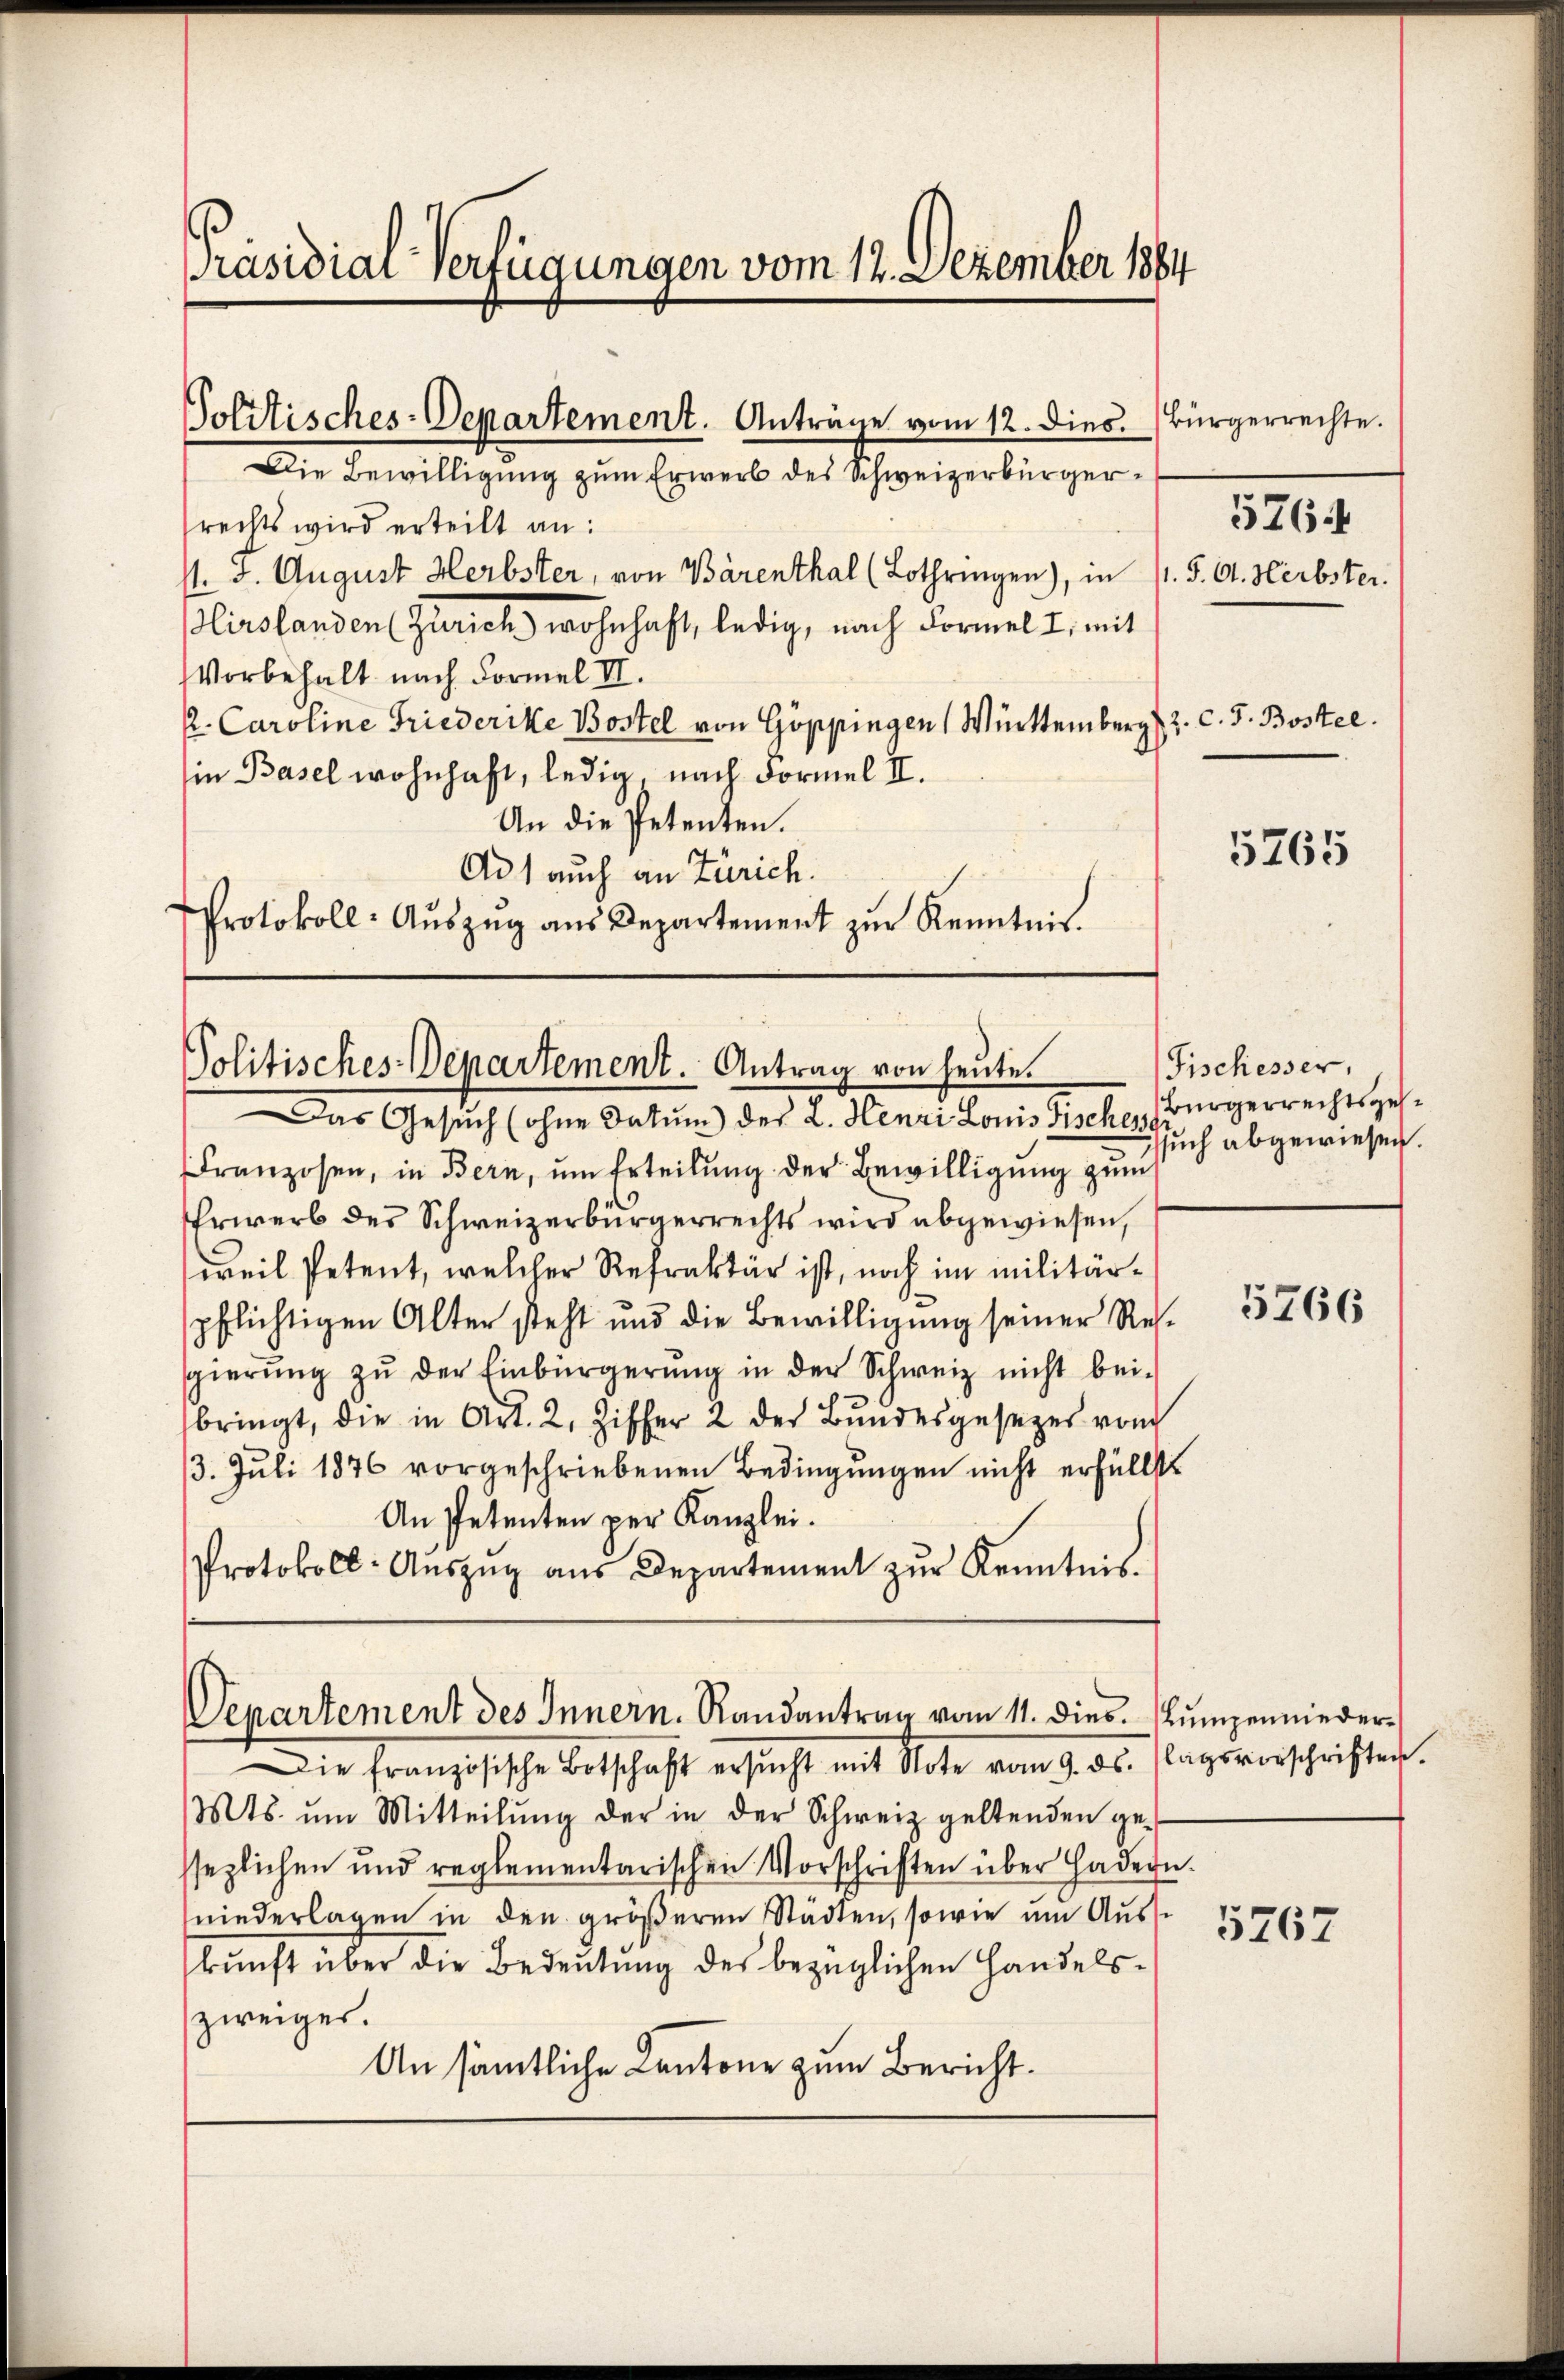
Präsidial-Verfügungen vom 12. Dezember 1864

Solitisches-Departement. Anträge vom 12. dies. Bürgerrechte.
Die Bewilligung zum Erwerb des Schweizerbürger¬

rechts wird erteilt an:
s. 5. August Herbster, von Bärenthal (Lothringen), in 11. J. A. Herbster.
Hirslanden (Zürich wohnhaft, ledig, nach Formelt, mit
Vorbehalt nach Formel III.
s. Caroline Friederike Bostel von Göppingen (Württemberg  2. c. J. Bostel
in Basel wohnhaft, ledig, nach Formel II.
An die Petenten.
Ad 1 auch an Zürich.
Protokoll- Aŭszŭg aŭs Departement zŭr Kenntnis.

Franzosen, in Bern, um Erteilung der Bewilligung zum
Erwerb des Schweizerbürgerrechts wird abgewiesen,
weil Petent, welcher Refraktär ist, noch im militärpflichtigen Alter steht und die Bewilligung seiner Res-
gierung zu der Einbürgerung in der Schweiz nicht bei-
bringt, die in Art. 2, Ziffer 2 der Bŭndesgesetzes vom
13. Juli 1876 vorgeschriebenen Bedingungen nicht erfüllt
An Petenten per Kanzlei.
Protokoll: Aŭszŭg aŭs Departement zŭr Kenntnis.

Politisches Departement. Antrag von heute.
Das Gesuch (ohne Datum des L. Henri Louis Fisch Bruch abgewiesen.

Die Französische Entschaft ersucht mit Klote vom 19. d. Sagsverschriften.
Mts. um Mitteilŭng der in der Schweiz geltenden ge-
sezlichen und reglementarischen Vorschriften über Hadern.
niederlagen in den größeren Städten, sowie am Aus-
kunft über die Bedeutung des bezüglichen Handelszweiger.
An sämtliche Cantone zum Bericht.

Venartement des Innern. Randantrag vom 11. dies. Lumpennieder¬

5764

5765

Fischesser,
Bürgerrechtsgese

5766

5267